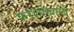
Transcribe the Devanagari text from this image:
फरशीखाली